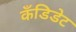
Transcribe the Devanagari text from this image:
कँडिडेट